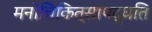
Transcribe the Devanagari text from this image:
मनोचिकित्सापद्धति